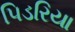
પિડરિયા